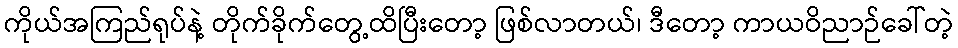
ကိုယ်အကြည်ရုပ်နဲ့ တိုက်ခိုက်တွေ့ထိပြီးတော့ ဖြစ်လာတယ်၊ ဒီတော့ ကာယဝိညာဉ်ခေါ်တဲ့